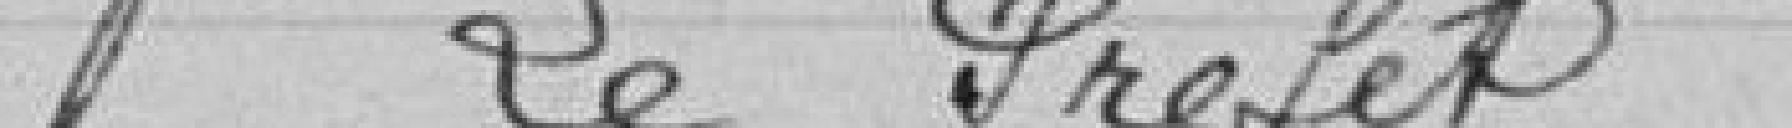
P. le Préfet